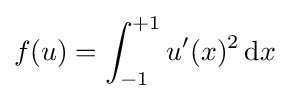
f(u)=\int _{-1}^{+1}u'(x)^{2}\,\mathrm {d} x